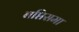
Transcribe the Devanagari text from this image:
बप्तिसमा